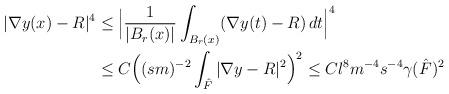
LaTeX: \begin{align*}|\nabla y(x) - R|^4 & \le \Big|\frac{1}{|B_r(x)|} \int_{B_r(x)} (\nabla y(t) - R) \, dt \Big|^4 \\& \le C\Big((sm)^{-2} \int_{\hat{F}} |\nabla y -R|^2 \Big)^2 \le C l^{ 8} m^{-4} s^{-4} \gamma(\hat{F})^2\end{align*}